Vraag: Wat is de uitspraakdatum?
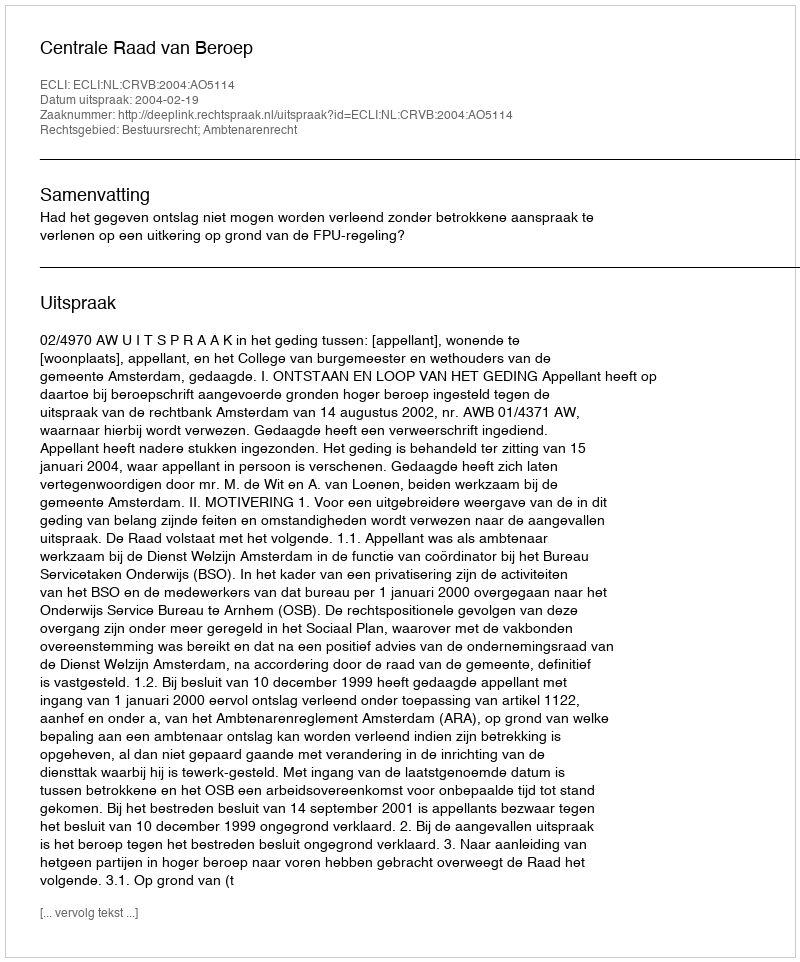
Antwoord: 2004-02-19